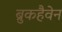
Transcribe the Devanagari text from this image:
ब्रुकहैवेन